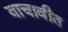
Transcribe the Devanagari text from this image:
वाचावीत